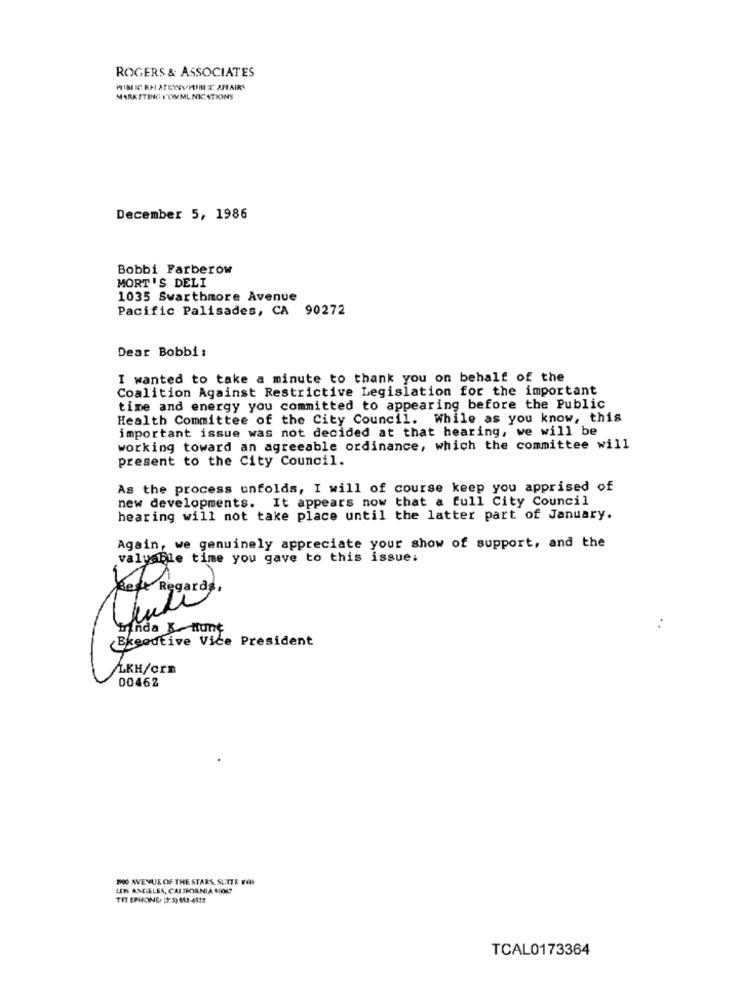
ROGERS & ASSOCIATES
HIIBEICRM ATEYNVIIME AFFAIRS
MARKETING N'OWMLNICATIONS
December 5, 1986
Bobbi Farberow
MORT'S DELI
1035 Swarthmore Avenue
Pacific Palisades, CA 90272
Dear Bobbi :
I wanted to take a minute to thank you on behalf of the
Coalition Against Restrictive Legislation for the important
time and energy you committed to appearing before the Public
Health Committee of the City Council. While as you know, this
important issue was not decided at that hearing, we will be
working toward an agreeable ordinance, which the committee will
present to the City Council.
As the process unfolds, I will of course keep you apprised of
new developments. It appears now that a full City Council
hearing will not take place until the latter part of January.
Again, we genuinely appreciate your show of support, and the
valuable time you gave to this issue:
Trinda K Hunt
Executive Vice President
LKH/crn
00462
BOO AVENUE OF THE STARS, SLITR FO
LOS ANGELES, CALIFORNIA .OK?
TELEPHONE- 12:5) 542-4412
TCAL0173364